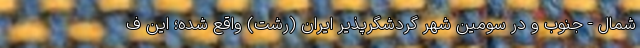
شمال - جنوب و در سومین شهر گردشگرپذیر ایران (رشت) واقع شده؛ این ف